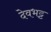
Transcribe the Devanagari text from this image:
देवभट्ट